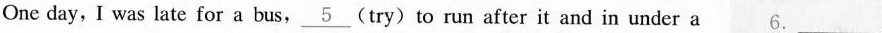
One day, I was late for a bus,\underline{5} (try)to run after it and in under a6.___